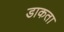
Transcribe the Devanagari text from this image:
डाकता